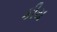
કીય